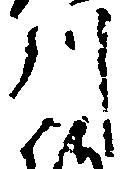
川